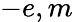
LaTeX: -e,m